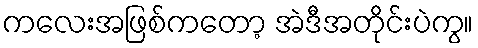
ကလေးအဖြစ်ကတော့ အဲဒီအတိုင်းပဲကွ။